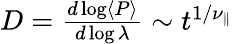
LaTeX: \begin{array}{r}{D=\frac{d\log\left\langle P\right\rangle}{d\log\lambda}\sim t^{1/\nu_{\parallel}}}\end{array}